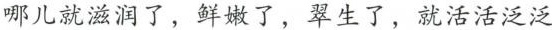
那儿滋润了，鲜嫩了，翠生了，就活活泛泛